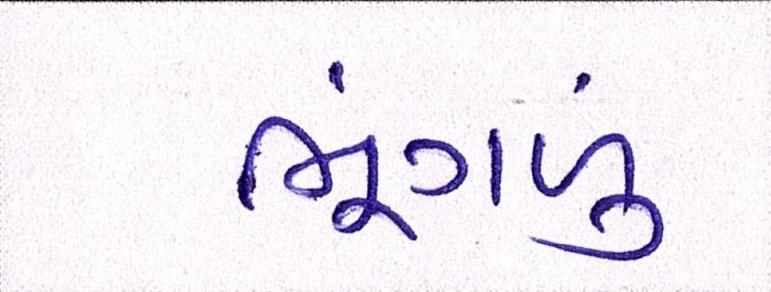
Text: ભૂંગળું